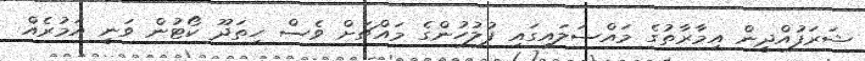
ޝަރަފުއްދީން އިމާރާތުގެ މައްސަލައިގައި ފުލުހުންގެ މައްޗަށް ވެސް ހިތަދޫ ކޯޓުން ވަނީ އަމުރެއް